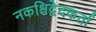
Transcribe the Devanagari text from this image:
नकश्चिद्वेदकर्ता